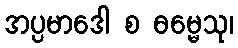
အပ္ပမာဒေါ စ ဓမ္မေသု၊